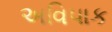
અવિપાક